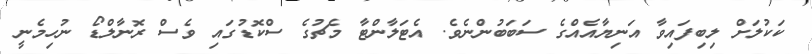
ކަކުލަށް ލިބިފަައިވާ އަނިޔާއެއްގެ ސަބަބުންނެވެ. އެޓަލާންޓާ މެޗުގެ ސްކޮޑުގައި ވެސް ރޮނާލްޑޯ ނުހިމެނީ